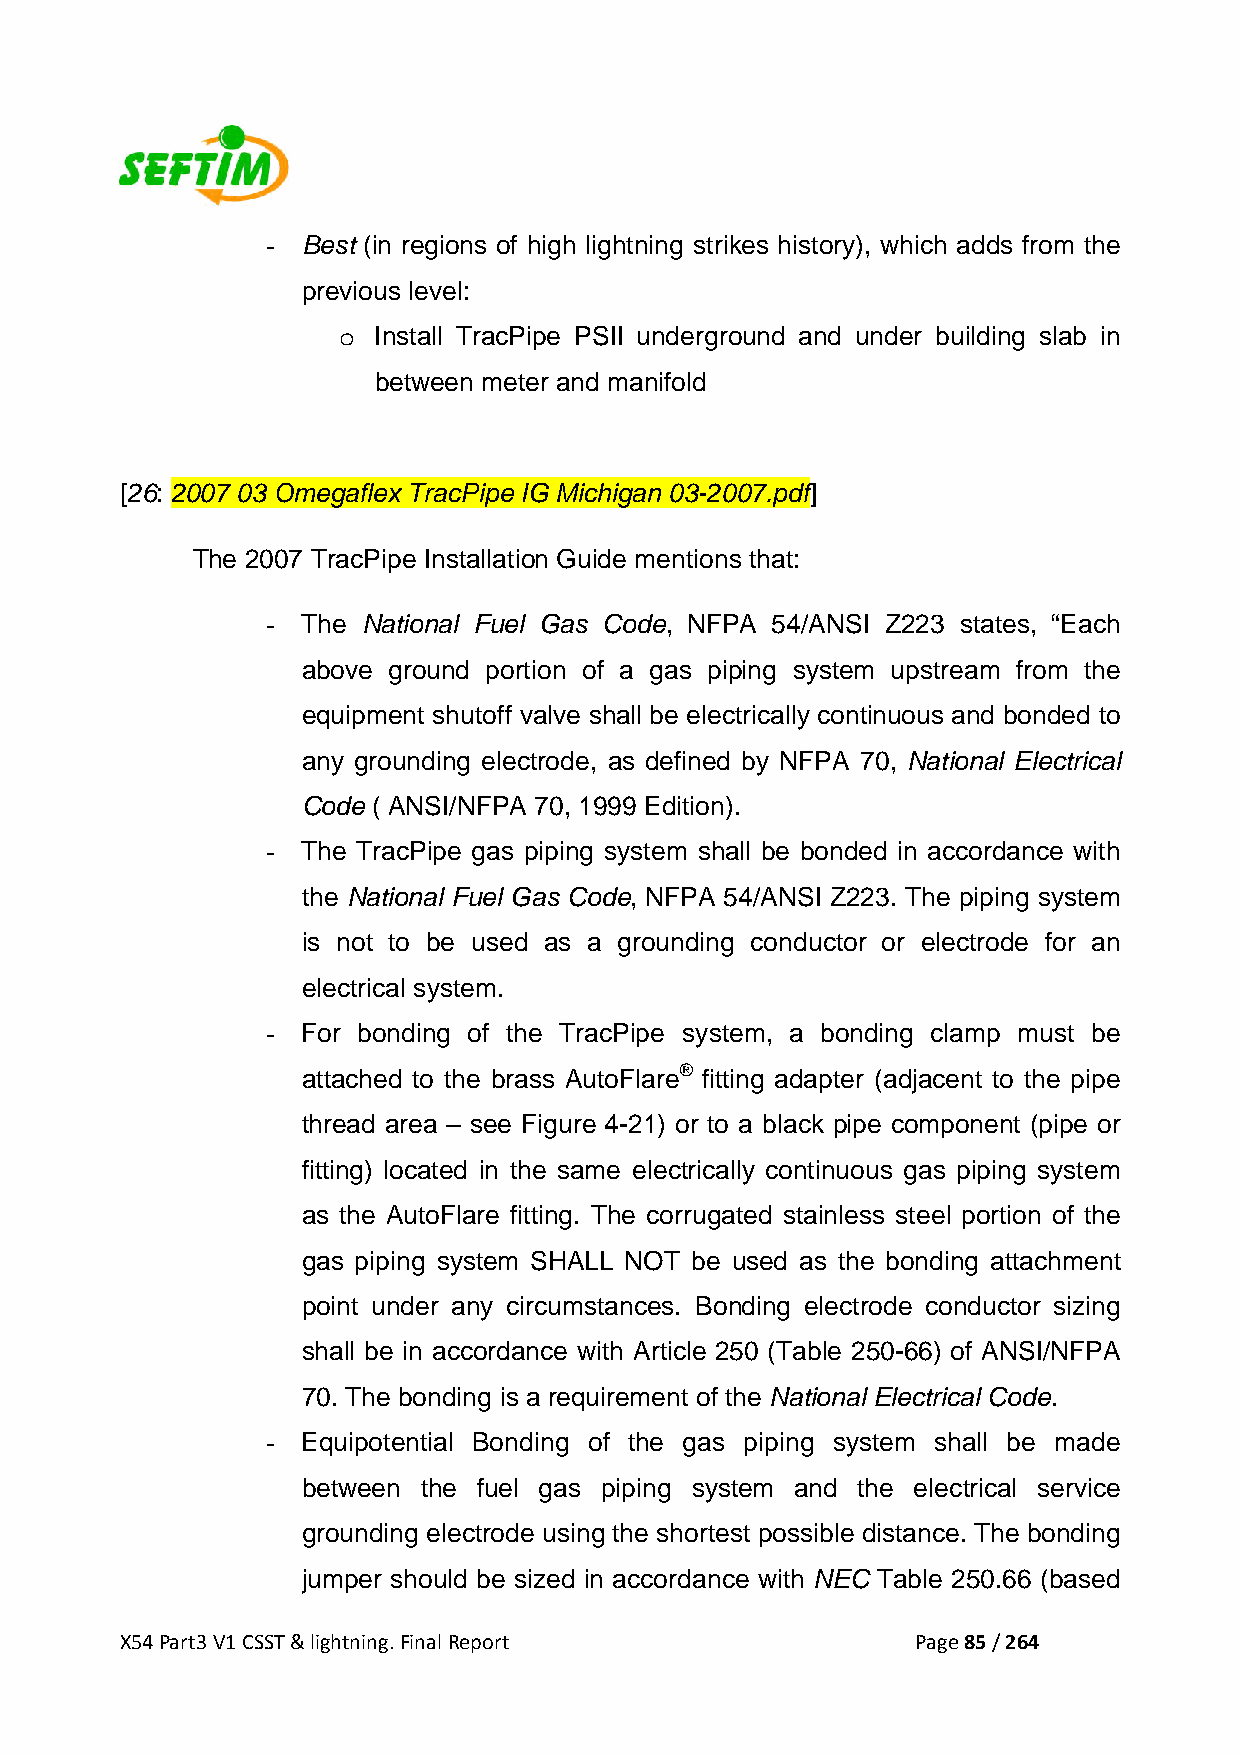
- Best (in regions of high lightning strikes history), which adds from the
 previous level:
 o  Install TracPipe PSII underground and under building slab in
 between meter and manifold
 [26: 2007 03 Omegaflex TracPipe IG Michigan 03-2007.pdf]
 The 2007 TracPipe Installation Guide mentions that:
 - The National Fuel Gas Code, NFPA 54/ANSI Z223 states, “Each
 above ground portion of a gas piping system upstream from the
 equipment shutoff valve shall be electrically continuous and bonded to
 any grounding electrode, as defined by NFPA 70, National Electrical
 Code ( ANSI/NFPA 70, 1999 Edition).
 - The TracPipe gas piping system shall be bonded in accordance with
 the National Fuel Gas Code, NFPA 54/ANSI Z223. The piping system
 is not to be used as a grounding conductor or electrode for an
 electrical system.
 - For bonding of the TracPipe system, a bonding clamp must be
 attached to the brass AutoFlare® fitting adapter (adjacent to the pipe
 thread area – see Figure 4-21) or to a black pipe component (pipe or
 fitting) located in the same electrically continuous gas piping system
 as the AutoFlare fitting. The corrugated stainless steel portion of the
 gas piping system SHALL NOT be used as the bonding attachment
 point under any circumstances. Bonding electrode conductor sizing
 shall be in accordance with Article 250 (Table 250-66) of ANSI/NFPA
 70. The bonding is a requirement of the National Electrical Code.
 - Equipotential Bonding of the gas piping system shall be made
 between the fuel gas piping system and the electrical service
 grounding electrode using the shortest possible distance. The bonding
 jumper should be sized in accordance with NEC Table 250.66 (based
 X54 Part3 V1 CSST & lightning. Final Report          Page 85 / 264